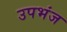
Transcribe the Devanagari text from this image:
उपभंज